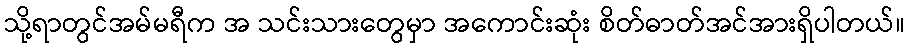
သို့ရာတွင်အမ်မရီက အ သင်းသားတွေမှာ အကောင်းဆုံး စိတ်ဓာတ်အင်အားရှိပါတယ်။